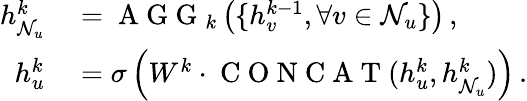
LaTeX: \begin{array}{rl}{h_{\mathcal{N}_{u}}^{k}}&{{}=\mathrm{~A~G~G~}_{k}\left(\{ h_{v}^{k-1},\forall v\in\mathcal{N}_{u}\} \right)\, ,}\\ {h_{u}^{k}}&{{}=\sigma\left(W^{k}\cdot\mathrm{~C~O~N~C~A~T~}(h_{u}^{k},h_{\mathcal{N}_{u}}^{k})\right)\, .}\end{array}